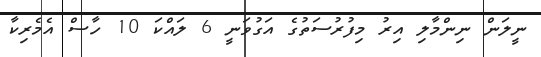
ނީލަން ނިންމާލި އިރު މިފުރުސަތުގެ އަގުވަނީ 6 ލައްކަ 10 ހާސް އެމެރިކާ